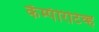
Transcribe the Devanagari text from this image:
कॅम्पॅरिटिव्ह